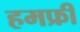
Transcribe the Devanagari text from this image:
हमफ्री